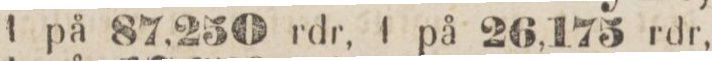
1 på 87.250 rdr, 1 på 26,175 rdr,